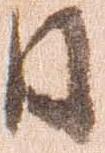
日